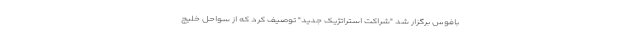
بافوس برگزار شد "شراکت استراتژیک جدید" توصیف کرد که از سواحل خلیج